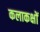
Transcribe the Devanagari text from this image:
कलाकक्षों